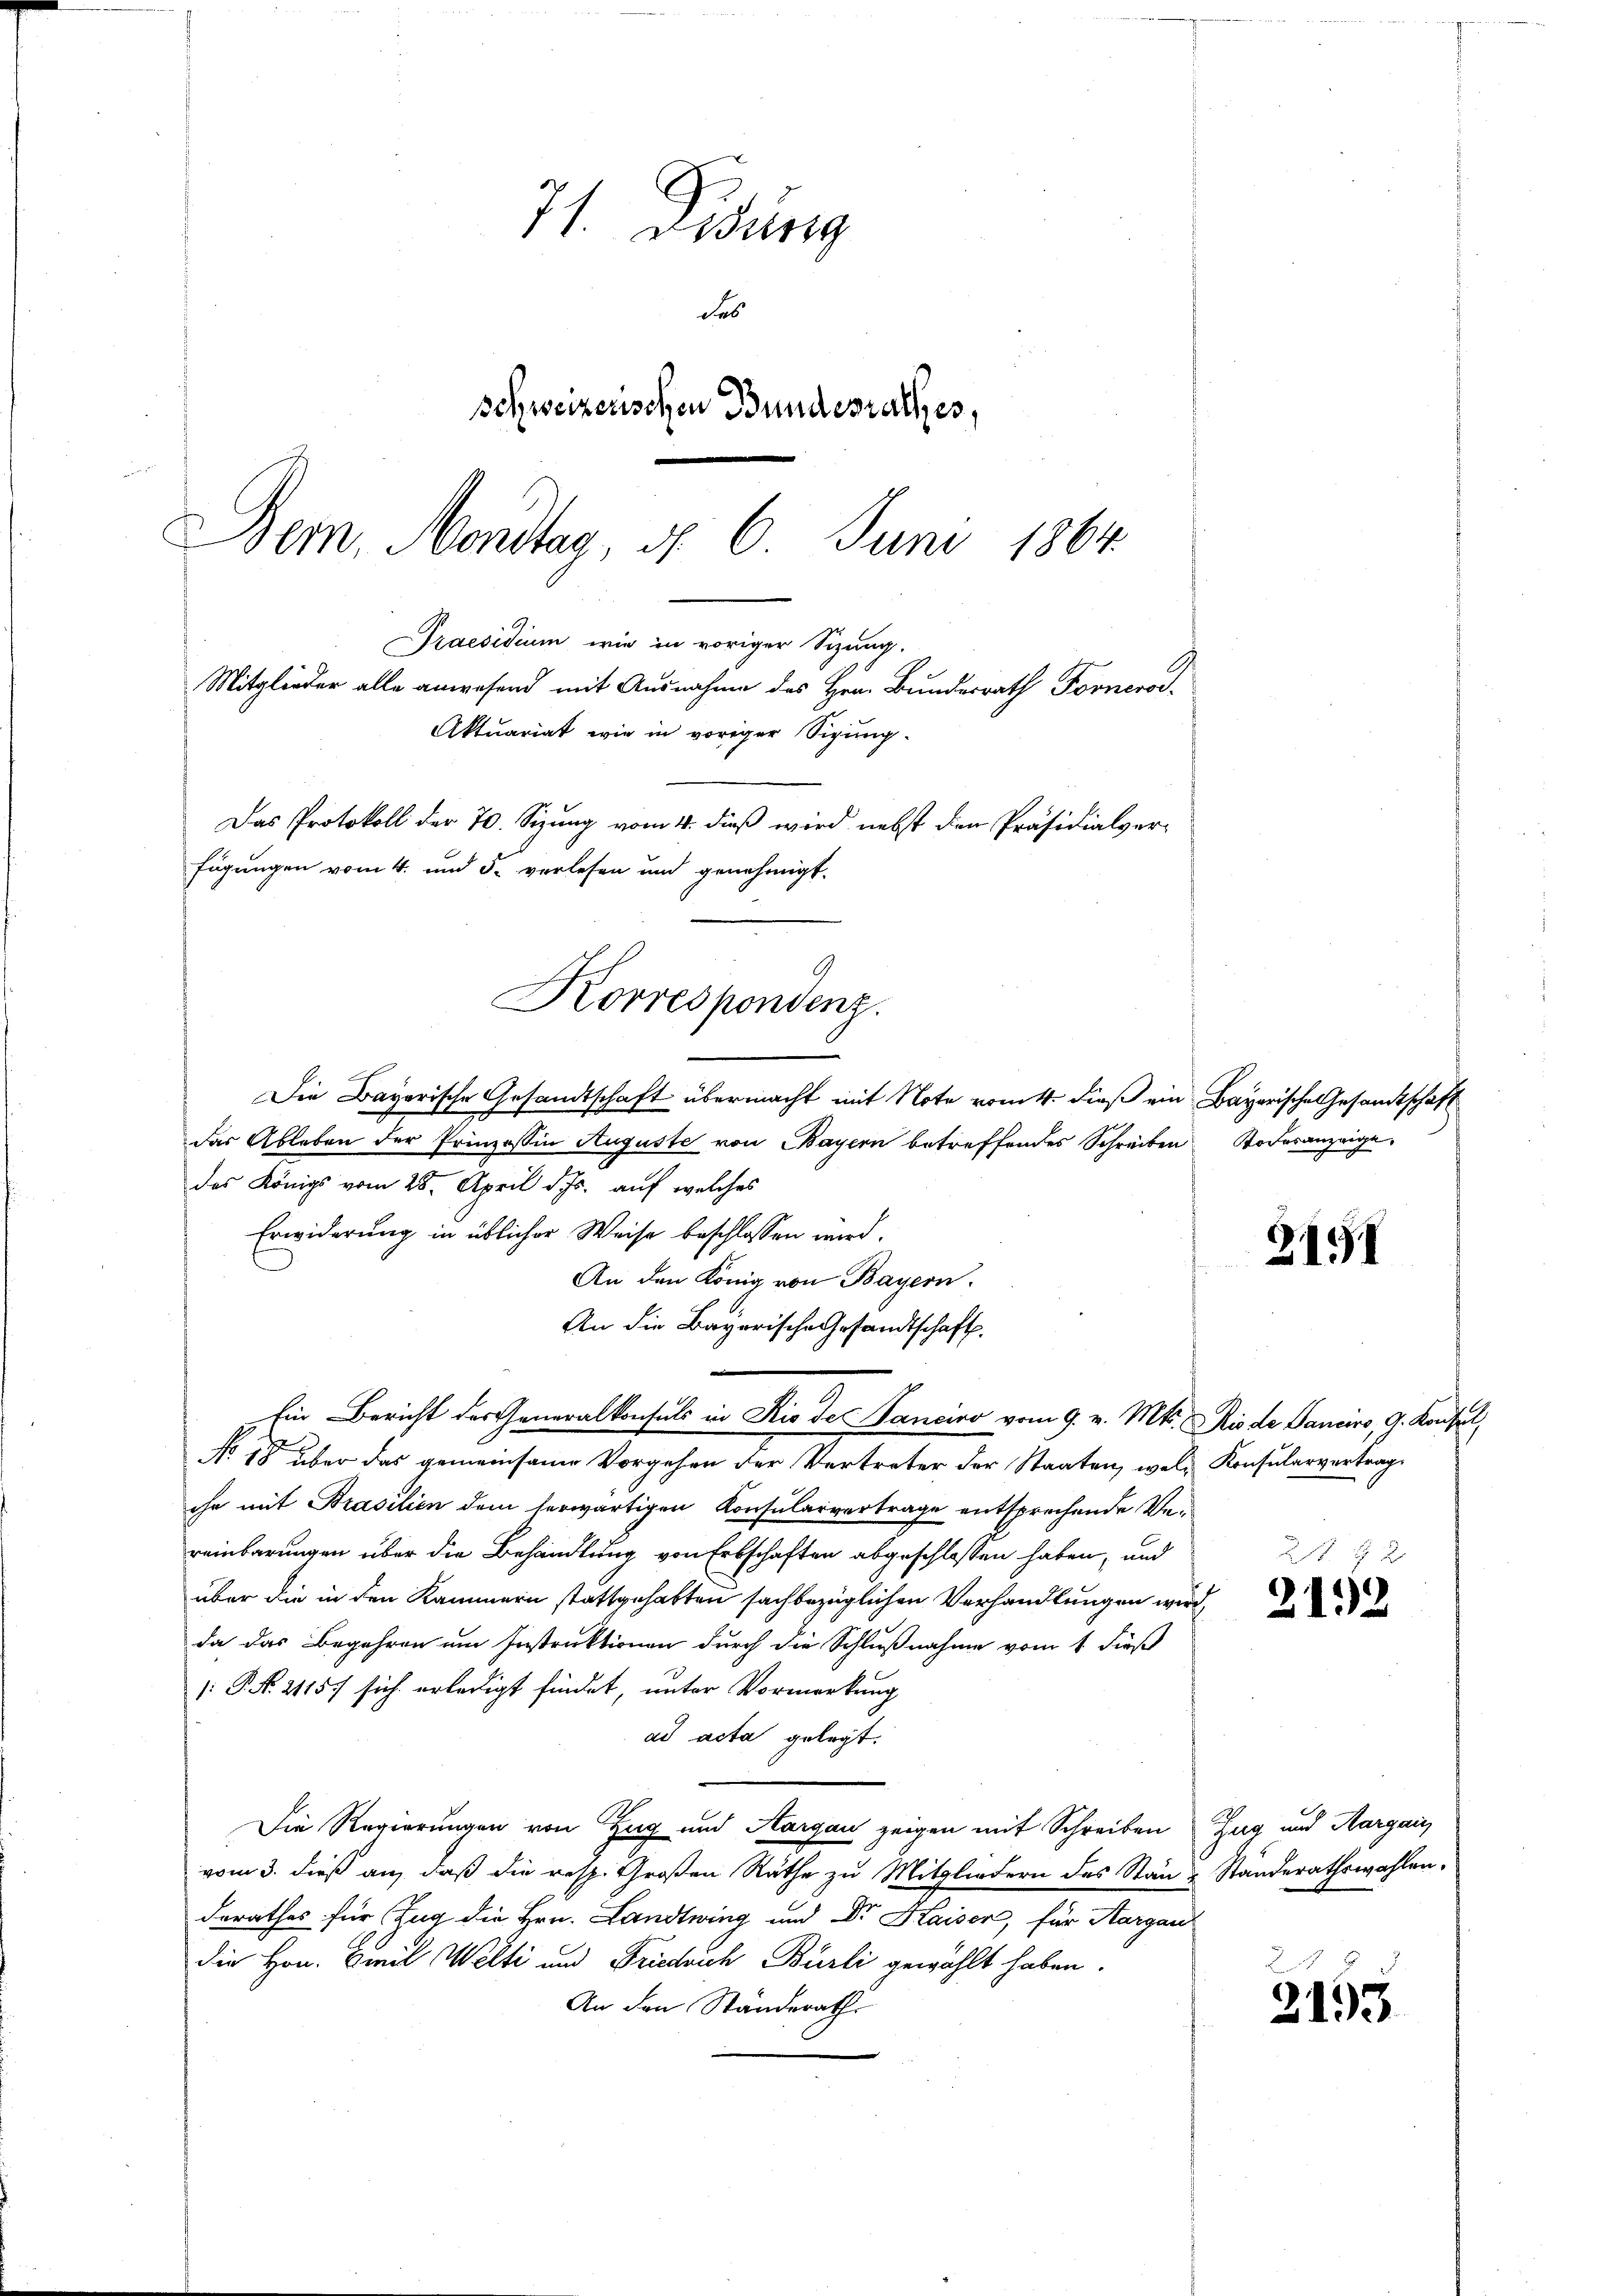
71. Didung
des
schweizerischen Bundesrathes,
n
Bem, Mondtag, d. 6. Juni 1864.

Praesidium wie in voriger Sizung.
Mitglieder alle anwesend mit Ausnahme des Hrn. Bundesrath Forneros-
Aktuariat wie in voriger Sipung-
Das Protokoll der 70. Sizung vom 4. dieß wird nebst den Präsidialverfügungen vom 4. und 5. verlesen und genehmigt.
Korrespondenz.

Die Bayerische Gesandtschaft übermacht mit Note vom 4. dieß ein Bayerische Gesandtschaft
Das Ableben der Prinzessin Auguste von Bayern betreffendes Schreiben Todesanzeige
das Königs vom 28. April d. Js. auf welches
Erwiderung in üblicher Weise beschlossen wird.
An den König von Bayern.
An die Bayerische Gesandtschaft.
Ein Bericht der Generalkonsuls in Rio de Sanciro vom 9. v. Mts. Rio de Sanciro, G. Konsul
No 18 über das gemeinsame Vorgehen der Vertreter der Staaten, wel Konsularvertrag
chn mit Brasilien dem herwärtigen Konsularvertrage entsprechende Vereinbarungen über die Behandlung von Erbschaften abgeschlossen haben, und
über die in den Kammern stattgehabten sachbezüglichen Verhandlungen wird
da das Begehren um Instruktionen durch die Schlußnahme vom 1. dieß
[: P. No. 2115) sich erledigt findet, unter Vormerkung
ad acta gelegt.
Die Regierungen von Tag und Aargau zeigen mit Schreiben Zug und Margaus
vom 3. dieß an, daß die resp. Großen Räthe zu Mitgliedern des Stän u Standerathswahlen.
derathes für Zug die Hrn. Landtwing und Dr. Haiser, für Aargau
die Hrn. Emil Welti und Friedrich Burli gewählt haben.
An den Ständerath

2151

L 2
2152

B
2193